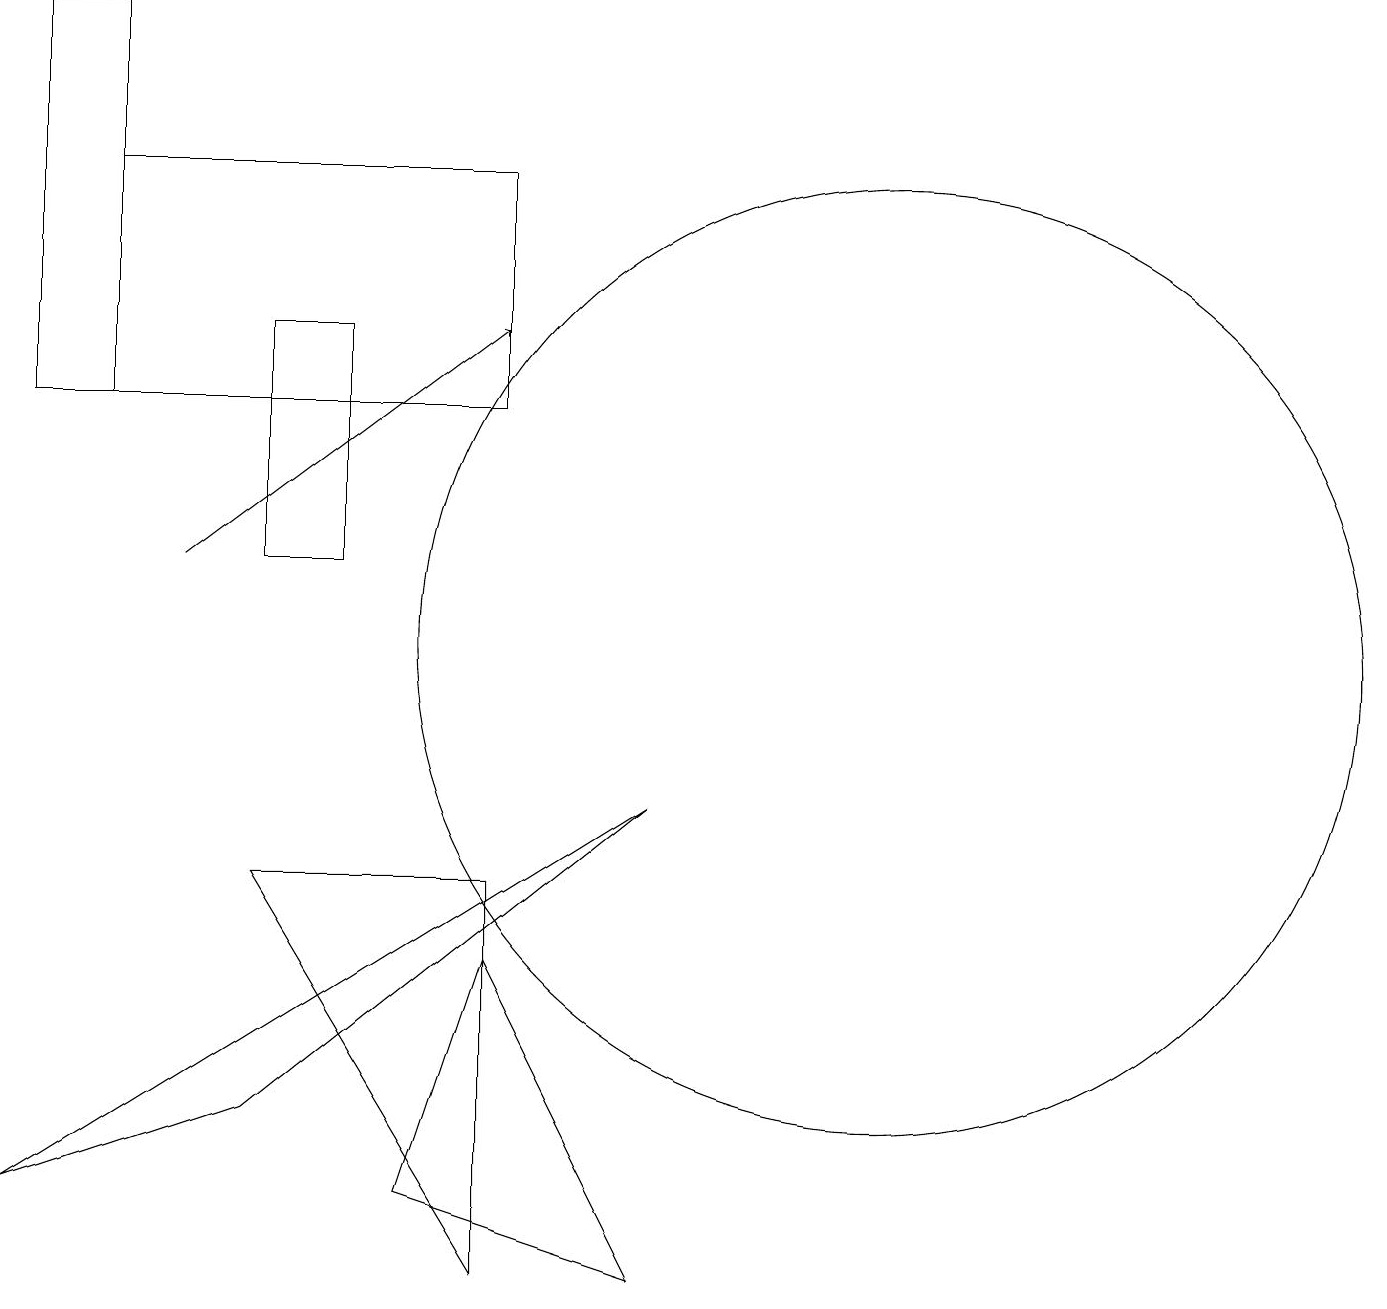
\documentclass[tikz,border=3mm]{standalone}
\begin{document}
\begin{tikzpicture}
\draw (6,3) -- (7,6) -- (9,2) -- cycle;
\draw (1,3) -- (4,4) -- (9,8) -- cycle;
\draw (4,11) rectangle (5,14);
\draw (7,16) rectangle (2,13);
\draw[->] (3,11) -- (7,14);
\draw (12,10) circle (6);
\draw (4,7) -- (7,7) -- (7,2) -- cycle;
\draw (2,18) rectangle (1,13);
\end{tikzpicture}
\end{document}